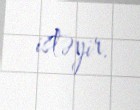
istəyir.